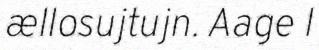
ællosujtujn. Aage l